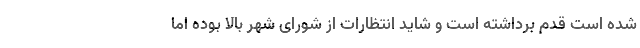
شده است قدم برداشته است و شاید انتظارات از شورای شهر بالا بوده اما